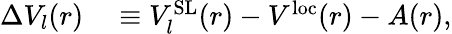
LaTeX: \begin{array}{rl}{\Delta V_{l}(r)}&{{}\equiv V_{l}^{\mathrm{SL}}(r)-V^{\mathrm{loc}}(r)-A(r),}\end{array}